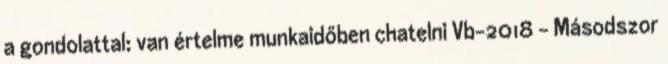
a gondolattal: van értelme munkaidőben chatelni Vb-2018 - Másodszor